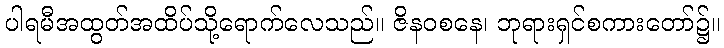
ပါရမီအထွတ်အထိပ်သို့ရောက်လေသည်။ ဇိနဝစနေ၊ ဘုရားရှင်စကားတော်၌။